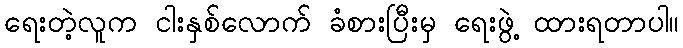
ရေးတဲ့လူက ငါးနှစ်လောက် ခံစားပြီးမှ ရေးဖွဲ့ ထားရတာပါ။